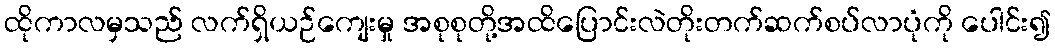
ထိုကာလမှသည် လက်ရှိယဉ်ကျေးမှု အစုစုတို့အထိပြောင်းလဲတိုးတက်ဆက်စပ်လာပုံကို ပေါင်း၍